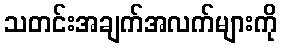
သတင်းအချက်အလက်များကို